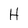
Character: H